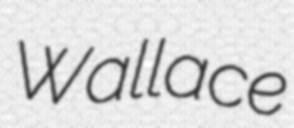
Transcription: Wallace